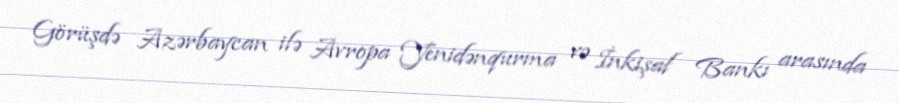
Görüşdə Azərbaycan ilə Avropa Yenidənqurma və İnkişaf Bankı arasında